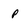
Character: p